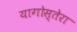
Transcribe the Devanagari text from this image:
यागोस्तेरा